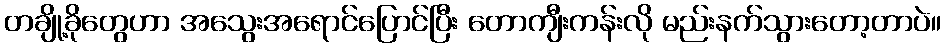
တချို့ခိုတွေဟာ အသွေးအရောင်ပြောင်ပြီး တောကျီးကန်းလို မည်းနက်သွားတော့တာပဲ။